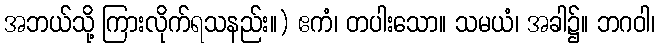
အဘယ်သို့ ကြားလိုက်ရသနည်း။) ဧကံ၊ တပါးသော။ သမယံ၊ အခါ၌။ ဘဂဝါ၊